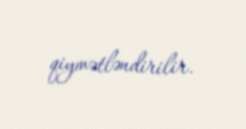
qiymətləndirilir.